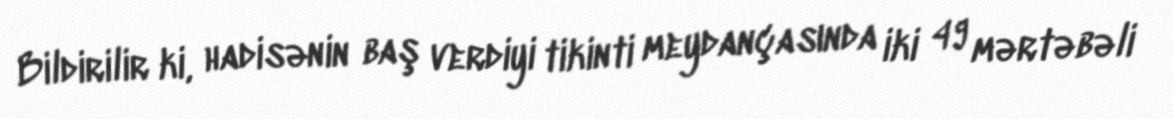
Bildirilir ki, hadisənin baş verdiyi tikinti meydançasında iki 49 mərtəbəli